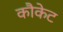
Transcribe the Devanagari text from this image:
कौकेट